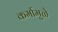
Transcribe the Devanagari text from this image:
कर्मामुळे